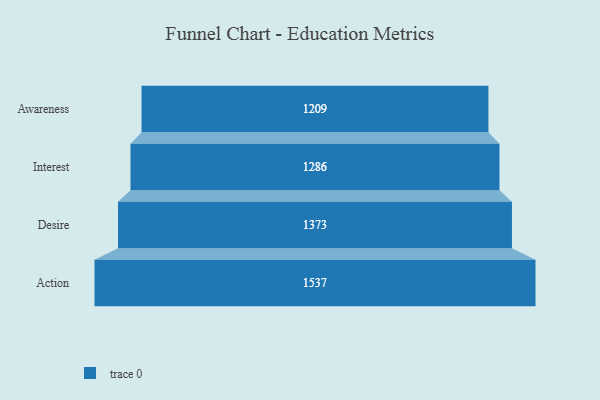
{"axis": {"x": "Stage", "y": "Value"}, "legend": [""], "data": [{"x": "Awareness", "y": 1209.0, "type": ""}, {"x": "Interest", "y": 1286.0, "type": ""}, {"x": "Desire", "y": 1373.0, "type": ""}, {"x": "Action", "y": 1537.0, "type": ""}]}